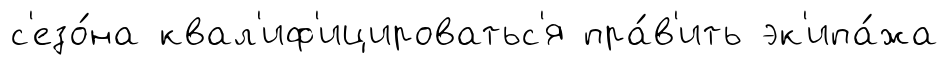
с'езо́на квал'иф'ицироватьс'я пра́в'ить эк'ипа́жа